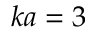
k a = 3